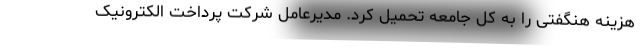
هزینه هنگفتی را به کل جامعه تحمیل کرد. مدیرعامل شرکت پرداخت الکترونیک